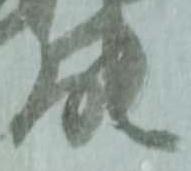
能